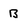
Character: B